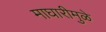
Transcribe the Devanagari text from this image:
माघारीमुळे